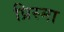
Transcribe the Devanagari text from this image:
प्रिस्मा